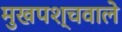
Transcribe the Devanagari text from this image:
मुखपश्चवाले